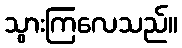
သွားကြလေသည်။